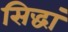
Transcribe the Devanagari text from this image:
सिद्धां